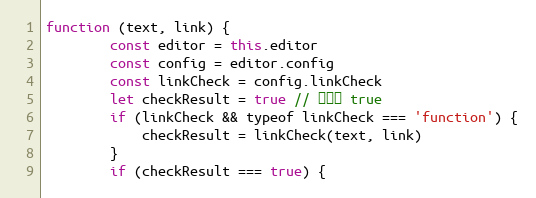
Language: JavaScript
function (text, link) {
        const editor = this.editor
        const config = editor.config
        const linkCheck = config.linkCheck
        let checkResult = true // 默认为 true
        if (linkCheck && typeof linkCheck === 'function') {
            checkResult = linkCheck(text, link)
        }
        if (checkResult === true) {